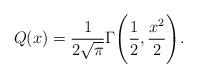
LaTeX: \begin{align*}Q(x)=\frac{1}{2\sqrt{\pi}}\Gamma\Bigg(\frac{1}{2},\frac{x^2}{2}\Bigg).\end{align*}